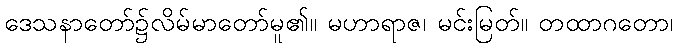
ဒေသနာတော်၌လိမ်မာတော်မူ၏။ မဟာရာဇ၊ မင်းမြတ်။ တထာဂတော၊